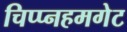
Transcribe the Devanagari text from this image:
चिप्प्नहमगेट